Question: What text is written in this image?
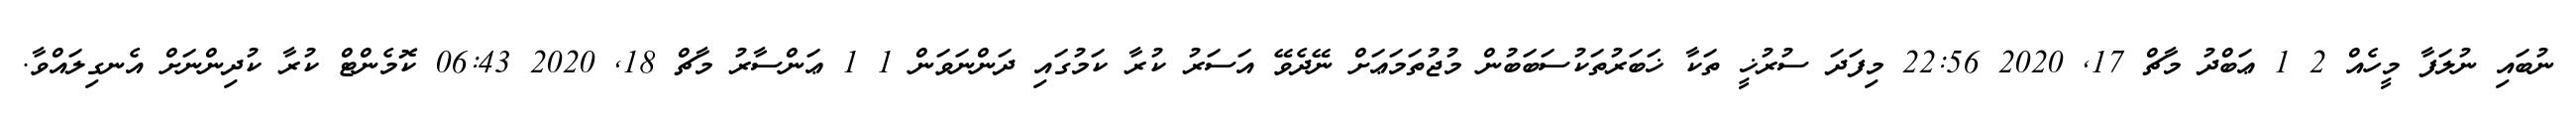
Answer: ނުބައި ނުލަފާ މީހެއް 2 1 ޢަބްދު މާޗް 17, 2020 22:56 މިފަދަ ސުރުޚީ ތަކާ ޚަބަރުތަކުސަބަބުން މުޖުތަމަޢަށް ނޭދެވޭ އަސަރު ކުރާ ކަމުގައި ދަންނަވަން 1 1 ޢަންސާރު މާޗް 18, 2020 06:43 ކޮމެންޓް ކުރާ ކުދިންނަށް އެނގިލައްވާ.